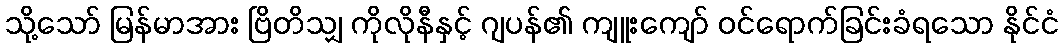
သို့သော် မြန်မာအား ဗြိတိသျှ ကိုလိုနီနှင့် ဂျပန်၏ ကျူးကျော် ဝင်ရောက်ခြင်းခံရသော နိုင်ငံ